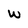
Character: w